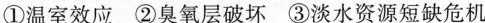
①温室效应②臭氧层破坏③淡水资源短缺危机